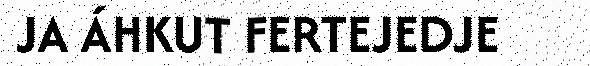
JA ÁHKUT FERTEJEDJE